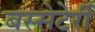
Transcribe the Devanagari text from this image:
बस्सेटेर्री